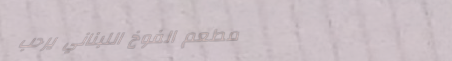
مطعم الفوخ اللبناني يرحب